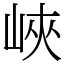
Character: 峽